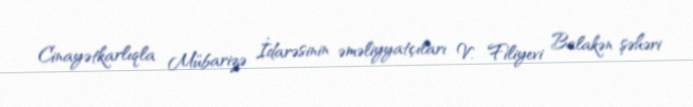
Cinayətkarlıqla Mübarizə İdarəsinin əməliyyatçıları V. Filiyevi Balakən şəhəri